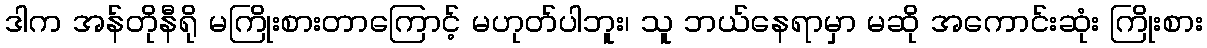
ဒါက အန်တိုနီရို မကြိုးစားတာကြောင့် မဟုတ်ပါဘူး၊ သူ ဘယ်နေရာမှာ မဆို အကောင်းဆုံး ကြိုးစား